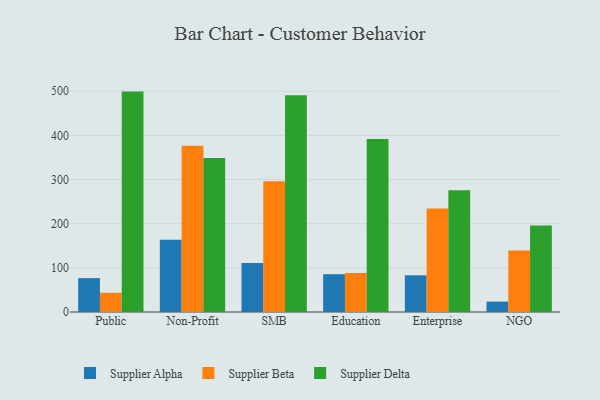
{"axis": {"x": "Segment", "y": "Inventory Turnover"}, "legend": ["Supplier Alpha", "Supplier Beta", "Supplier Delta"], "data": [{"x": "Public", "y": 76.7, "type": "Supplier Alpha"}, {"x": "Public", "y": 43.5, "type": "Supplier Beta"}, {"x": "Public", "y": 499.1, "type": "Supplier Delta"}, {"x": "Non-Profit", "y": 163.6, "type": "Supplier Alpha"}, {"x": "Non-Profit", "y": 376.3, "type": "Supplier Beta"}, {"x": "Non-Profit", "y": 348.6, "type": "Supplier Delta"}, {"x": "SMB", "y": 110.7, "type": "Supplier Alpha"}, {"x": "SMB", "y": 296.1, "type": "Supplier Beta"}, {"x": "SMB", "y": 490.6, "type": "Supplier Delta"}, {"x": "Education", "y": 85.6, "type": "Supplier Alpha"}, {"x": "Education", "y": 88.4, "type": "Supplier Beta"}, {"x": "Education", "y": 391.9, "type": "Supplier Delta"}, {"x": "Enterprise", "y": 83.1, "type": "Supplier Alpha"}, {"x": "Enterprise", "y": 234.6, "type": "Supplier Beta"}, {"x": "Enterprise", "y": 275.7, "type": "Supplier Delta"}, {"x": "NGO", "y": 23.6, "type": "Supplier Alpha"}, {"x": "NGO", "y": 139.1, "type": "Supplier Beta"}, {"x": "NGO", "y": 195.6, "type": "Supplier Delta"}]}